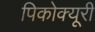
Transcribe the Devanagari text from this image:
पिकोक्यूरी